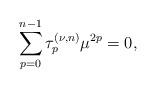
LaTeX: \begin{align*}\sum\limits_{p=0}^{n-1}\tau _{p}^{(\nu ,n)}\mu ^{2p}=0,\end{align*}